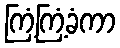
ကြံ့ကြံ့ခံကာ